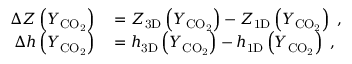
\begin{array} { r l } { \Delta Z \left( Y _ { \mathrm { C O _ { 2 } } } \right) } & { { } = Z _ { \mathrm { 3 D } } \left( Y _ { \mathrm { C O _ { 2 } } } \right) - Z _ { \mathrm { 1 D } } \left( Y _ { \mathrm { C O _ { 2 } } } \right) \ , } \\ { \Delta h \left( Y _ { \mathrm { C O _ { 2 } } } \right) } & { { } = h _ { \mathrm { 3 D } } \left( Y _ { \mathrm { C O _ { 2 } } } \right) - h _ { \mathrm { 1 D } } \left( Y _ { \mathrm { C O _ { 2 } } } \right) \ , } \end{array}